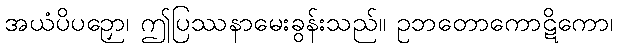
အယံပိပဉှော၊ ဤပြဿနာမေးခွန်းသည်။ ဥဘတောကောဋိကော၊